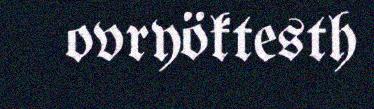
ovryöktesth